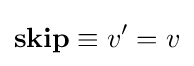
\mathbf {skip} \equiv v'=v